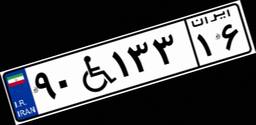
۹۰W۱۳۳۱۶